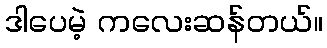
ဒါပေမဲ့ ကလေးဆန်တယ်။